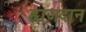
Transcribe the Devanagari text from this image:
ह्राज़दान